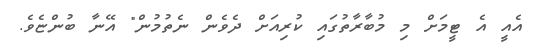
އެއީ އެ ޓީމަށް މި މުބާރާތުގައި ކުރިއަށް ދެވެން ނެތުމުން" އޭނާ ބުންޏެވެ.